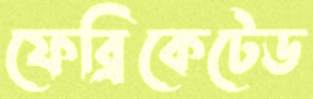
ফেব্রিকেটেড